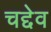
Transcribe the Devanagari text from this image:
चद्देव